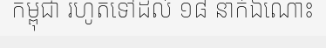
កម្ពុជា រហូតទៅដល់ ១៨ នាក់ឯណោះ